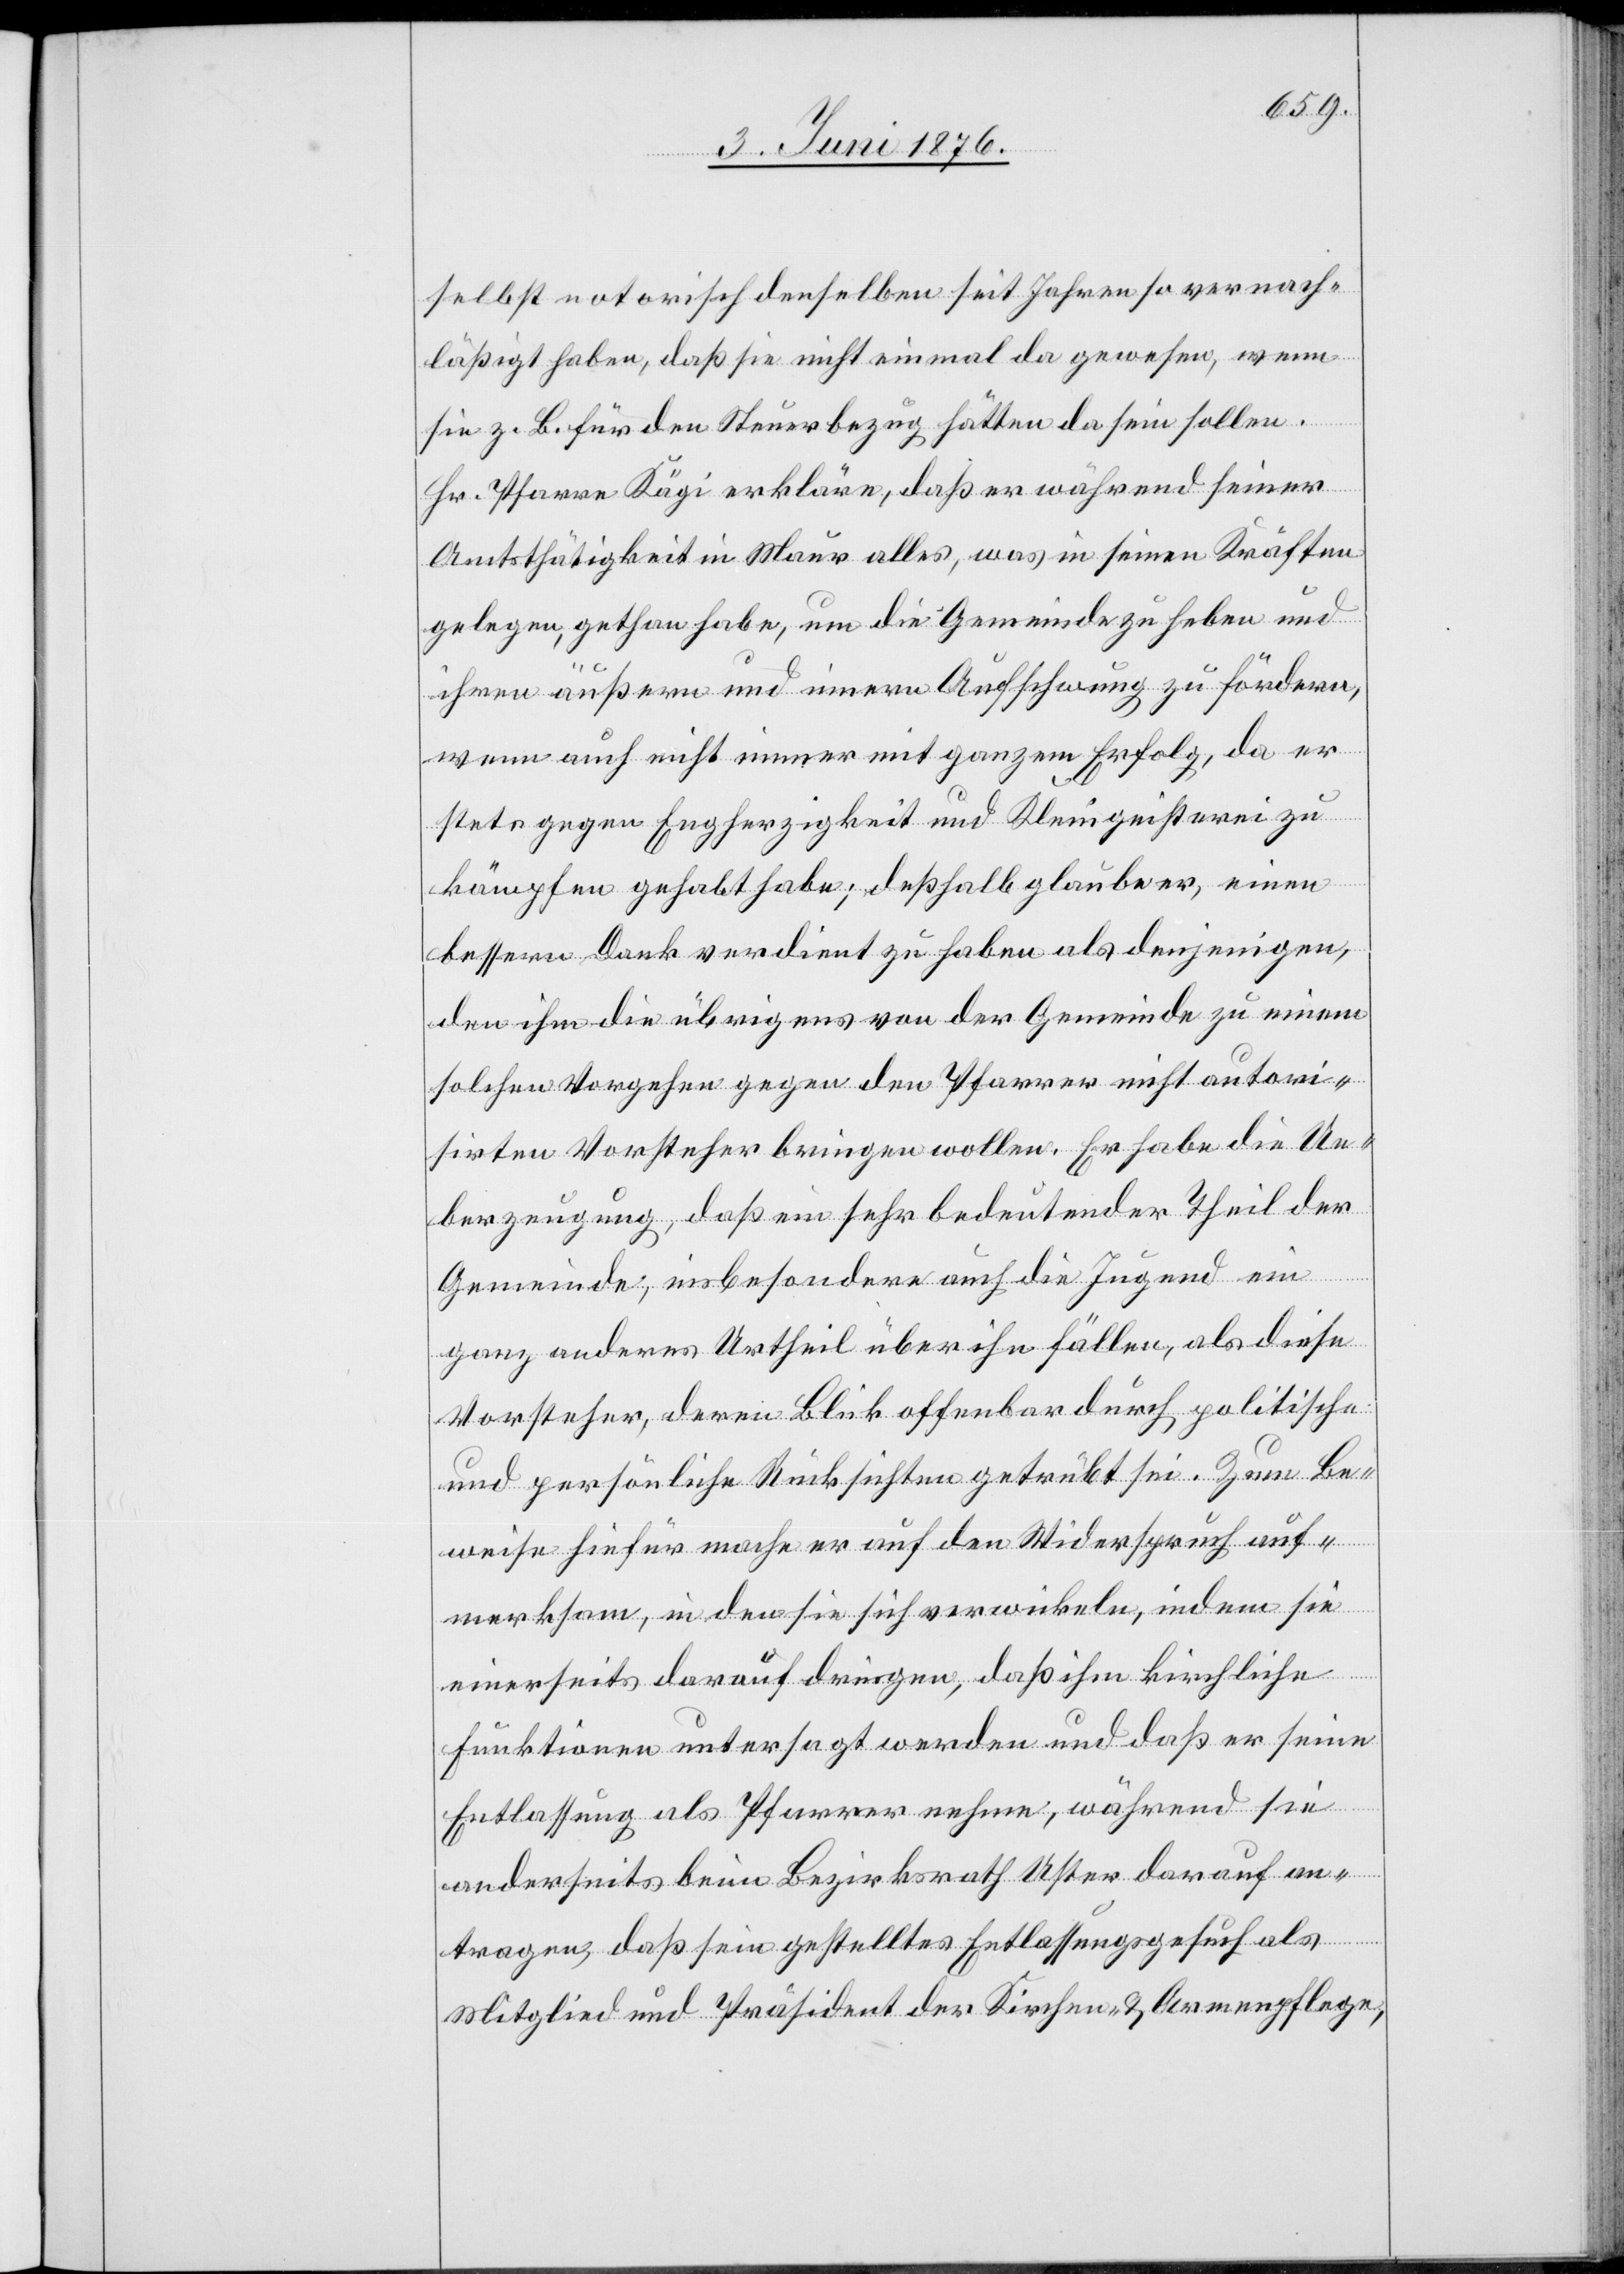
selbst notorisch denselben seit Jahren so vernach¬
läßigt haben, daß sie nicht einmal da gewesen, wenn
sie z. B. für den Steuerbezug hätten da sein sollen.
Hr. Pfarrer Kägi erkläre, daß er während seiner
Amtsthätigkeit in Maur alles, was in seinen Kräften
gelegen, gethan habe, um die Gemeinde zu heben und
ihren äußern und innern Aufschwung zu fördern,
wenn auch nicht immer mit ganzem Erfolg, da er
stets gegen Engherzigkeit und Kleingeisterei zu
kämpfen gehabt habe; deßhalb glaube er, einen
bessern Dank verdient zu haben als denjenigen
den ihm die übrigens von der Gemeinde zu einem
solchen Vorgehen gegen den Pfarrer nicht autori¬
sirten Vorsteher bringen wollen. Er habe die Ue¬
berzeugung, daß ein sehr bedeutender Theil der
Gemeinde, insbesondere auch die Jugend ein
ganz anderes Urtheil über ihn fällen, als diese
Vorsteher, deren Blick offenbar durch politische
und persönliche Rücksichten getrübt sei. Zum Be¬
weise hiefür mache er auf den Widerspruch auf¬
merksam, in den sie sich verwickeln, indem sie
einerseits darauf dringen, daß ihm kirchliche
Funktionen untersagt werden und das er seine
Entlassung als Pfarrer nehme, während sie
anderseits beim Bezirksrath Uster darauf an¬
tragen, daß sein gestelltes Entlassungsgesuch als
Mitglied und Präsident der Kirchen- & Armenpflege,